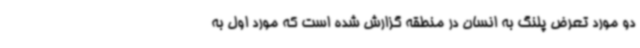
دو مورد تعرض پلنگ به انسان در منطقه گزارش شده‌ است که مورد اول به